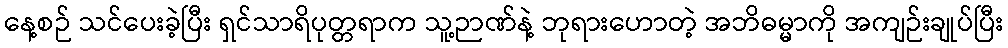
နေ့စဉ် သင်ပေးခဲ့ပြီး ရှင်သာရိပုတ္တရာက သူ့ဉာဏ်နဲ့ ဘုရားဟောတဲ့ အဘိဓမ္မာကို အကျဉ်းချုပ်ပြီး